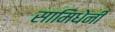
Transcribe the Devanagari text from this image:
सामिधेनी